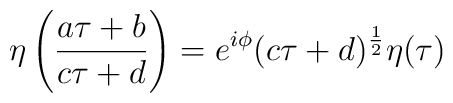
\eta \left (\frac{a\tau + b}{ c\tau + d} \right) =e^{i\phi}(c\tau + d)^{\frac{1}{2}} \eta(\tau)